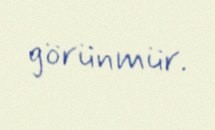
görünmür.